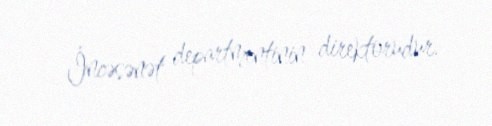
İncəsənət departmentinin direktorudur.